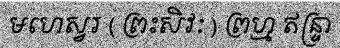
មហេស្វរ ( ព្រះសិវៈ ) ព្រហ្ម ឥន្ទ្រា